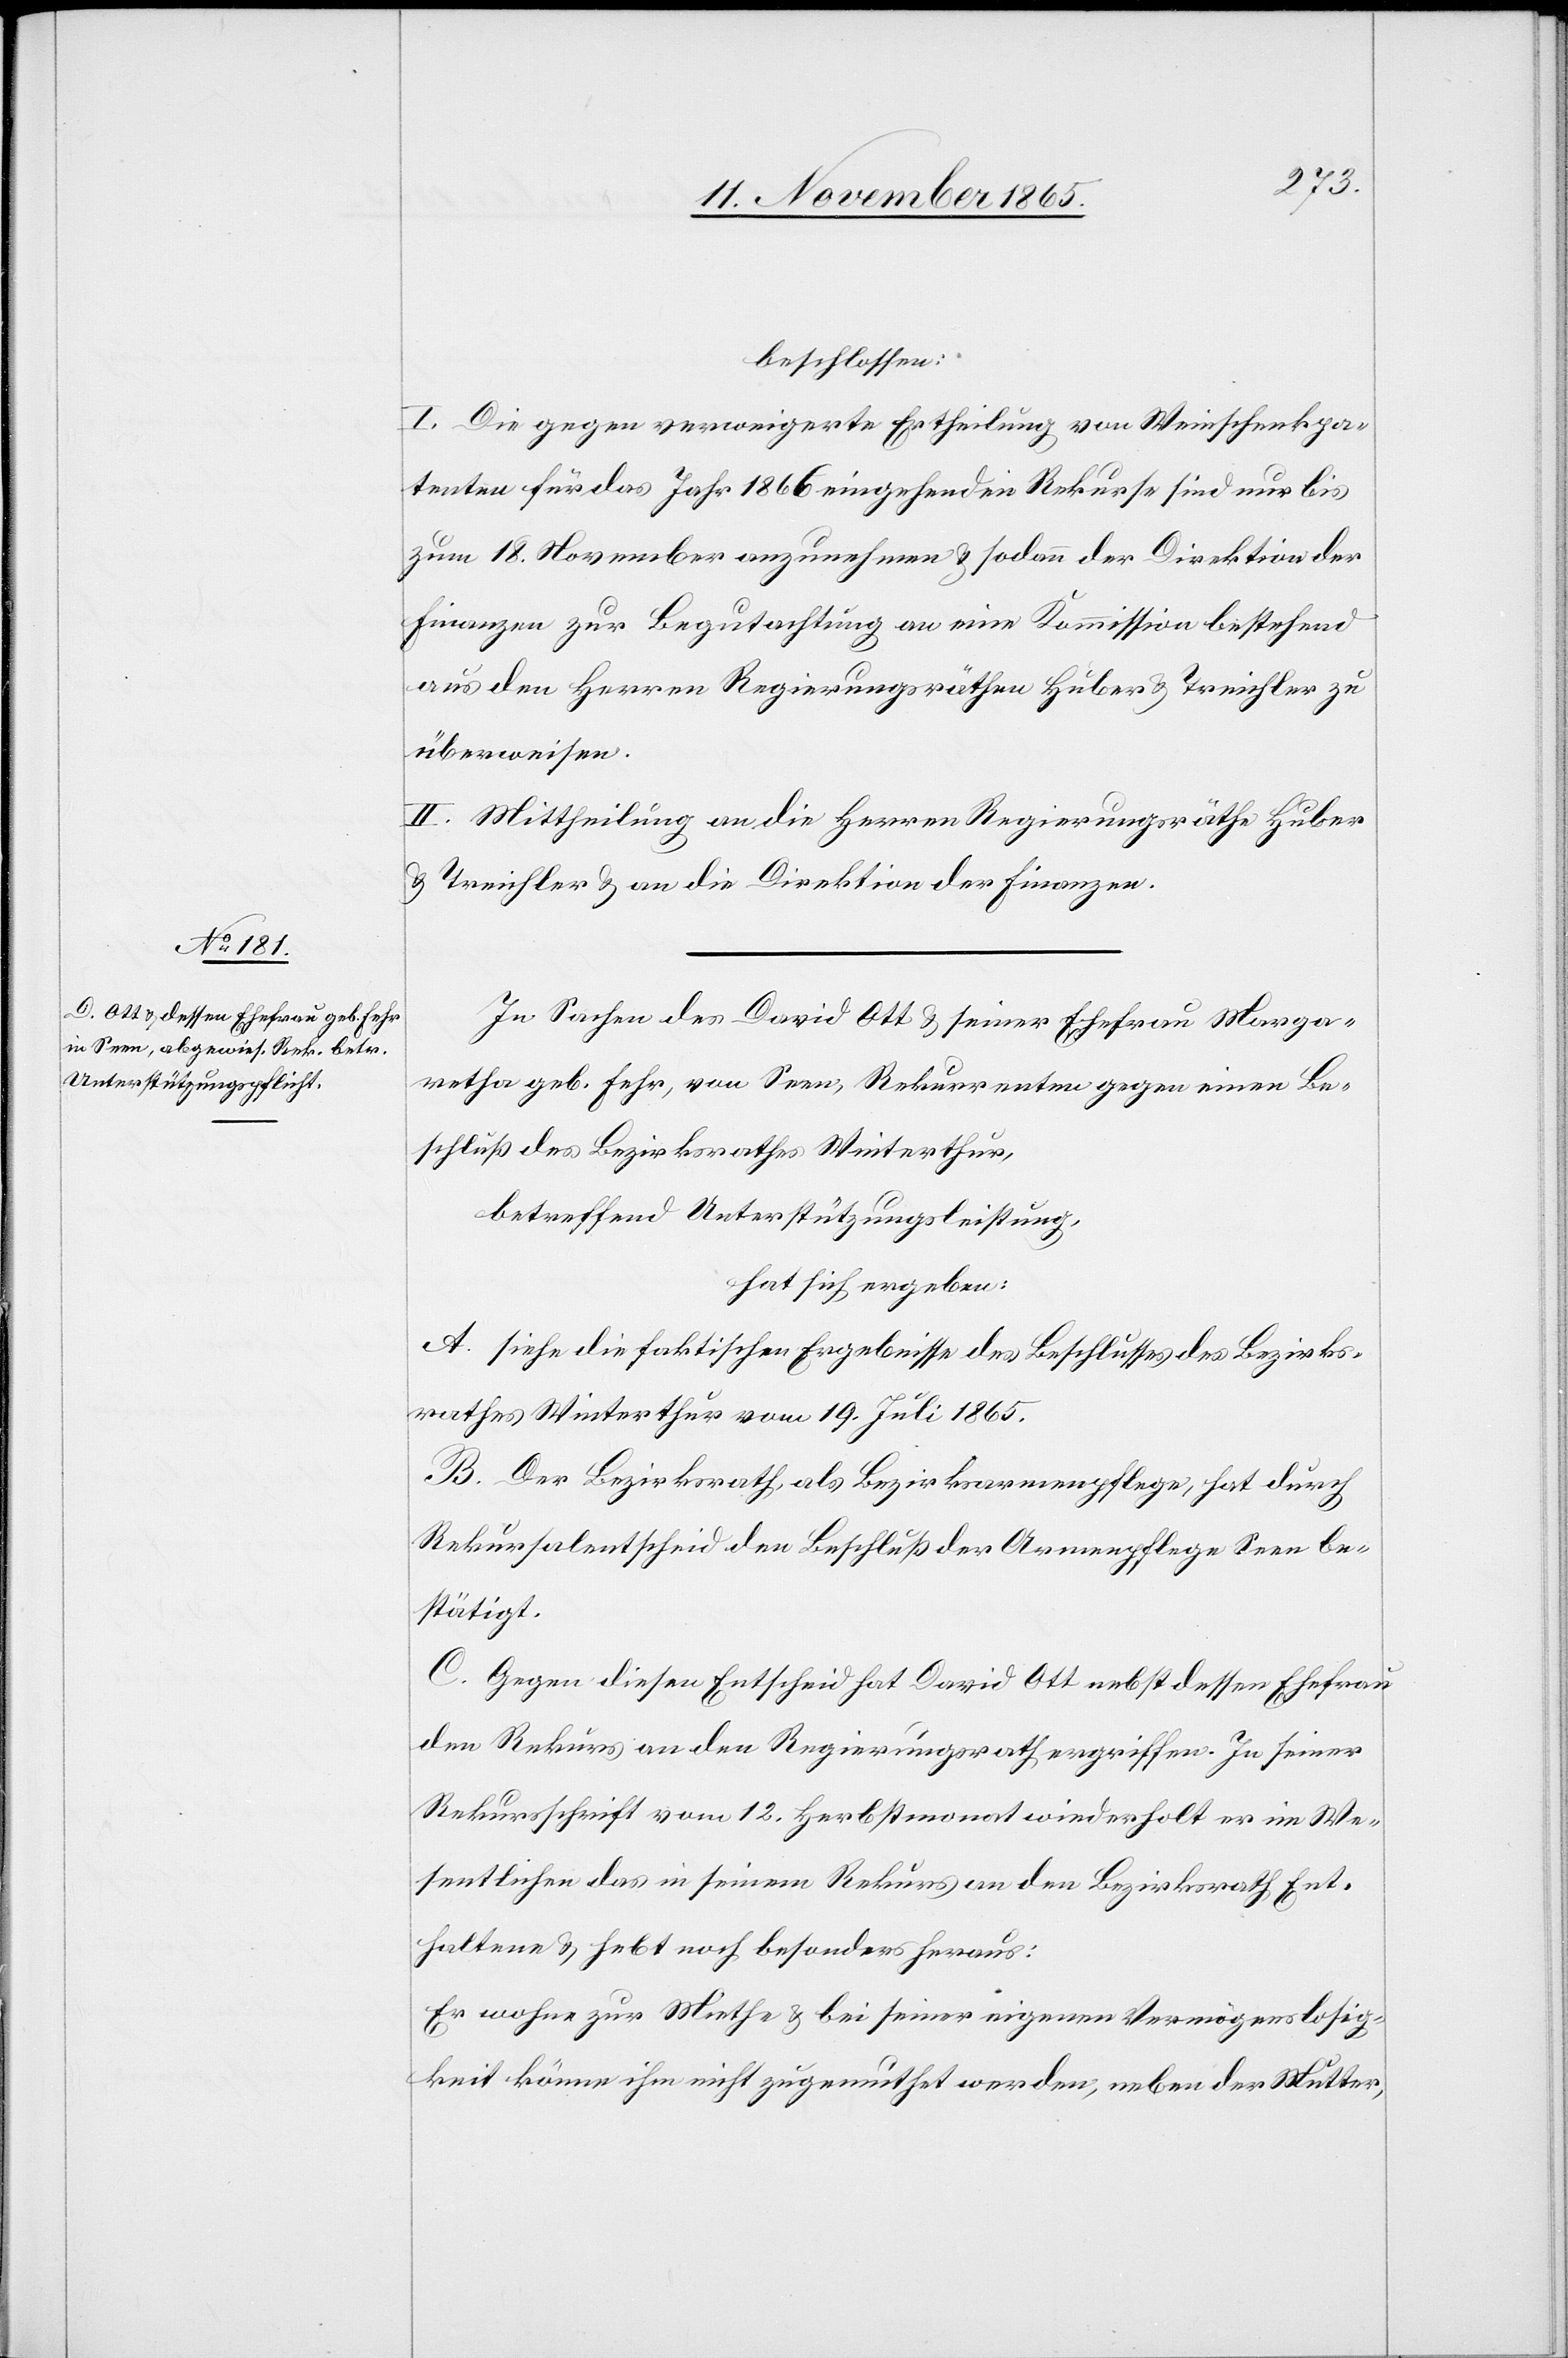
beschlossen:
I. Die gegen verweigerte Ertheilung von Weinschenkpa¬
tenten für das Jahr 1866 eingehenden Rekurse sind nur bis
zum 18. November anzunehmen & sodann der Direktion der
Finanzen zur Begutachtung an eine Kommission bestehend
aus den Herren Regierungsräthen Huber & Treichler zu
überweisen.
II. Mittheilung an die Herren Regierungsräthe Huber
& Treichler & an die Direktion der Finanzen.
In Sachen des David Ott & seiner Ehefrau Marga¬
retha geb. Fehr, von Seen, Rekurrenten gegen einen Be¬
schluß des Bezirksrathes Winterthur,
betreffend Unterstützungsleistung,
hat sich ergeben:
A. siehe die faktischen Ergebnisses des Beschlusses des Bezirks¬
rathes Winterthur vom 19. Juli 1865.
B. Der Bezirksrath, als Bezirksarmenpflege, hat durch
Rekursalentscheid den Beschluß der Armenpflege Seen be¬
stätigt.
C. Gegen diesen Entscheid hat David Ott nebst dessen Ehefrau
den Rekurs an den Regierungsrath ergriffen. In seiner
Rekursschrift vom 12. Herbstmonat wiederholt er im We¬
sentlichen das in seinem Rekurs an den Bezirksrath Ent¬
haltene & hebt noch besonders heraus:
Er wohne zur Miethe & bei seiner eigenen Vermögenslosig¬
keit könne ihm nicht zugemuthet werden, neben der Mutter,